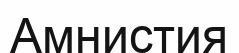
Амнистия